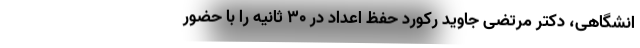
انشگاهی، دکتر مرتضی جاوید رکورد حفظ اعداد در ۳۰ ثانیه را با حضور